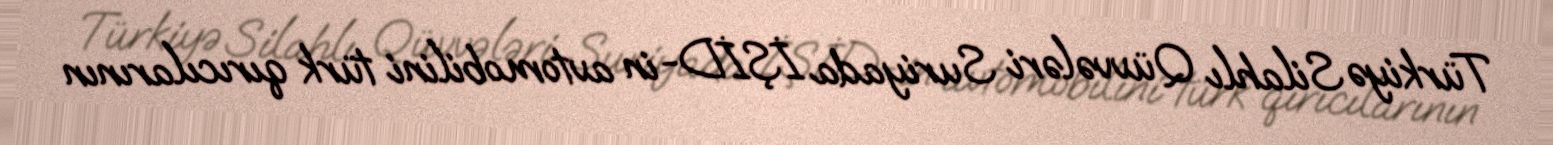
Türkiyə Silahlı Qüvvələri Suriyada İŞİD-in avtomobilini türk qırıcılarının